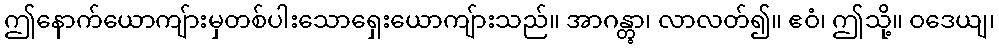
ဤနောက်ယောကျ်ားမှတစ်ပါးသောရှေးယောကျ်ားသည်။ အာဂန္တွာ၊ လာလတ်၍။ ဧဝံ၊ ဤသို့။ ဝဒေယျ၊